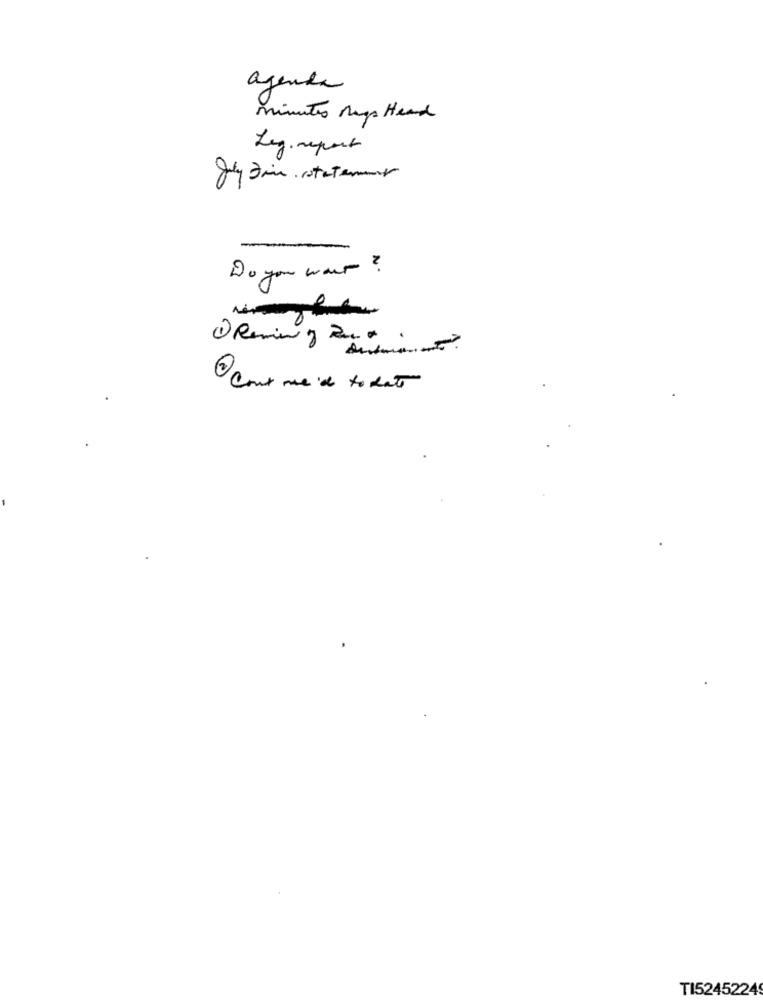
agenda
minutes Rugs Heard
Leg.report
-
Do you want ?
O Reming 2.
I Can't me 'de to date
TI5245224